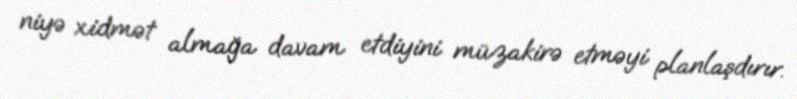
niyə xidmət almağa davam etdiyini müzakirə etməyi planlaşdırır.